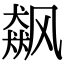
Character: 飙